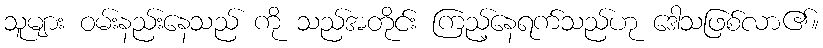
သူများ ဝမ်းနည်းနေသည် ကို သည်အတိုင်း ကြည့်နေရက်သည်ဟု ဒေါသဖြစ်လာ၏။